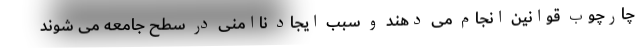
چارچوب قوانین انجام می دهند و سبب ایجاد ناامنی در سطح جامعه می شوند